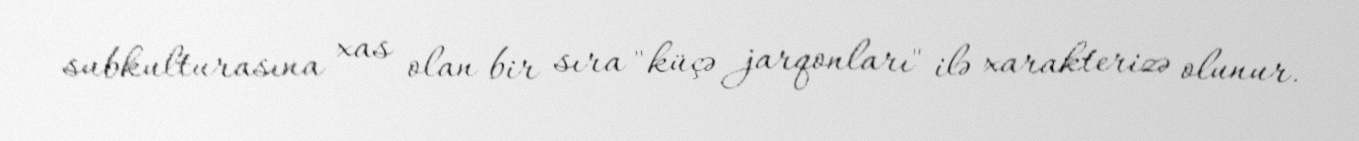
subkulturasına xas olan bir sıra "küçə jarqonları" ilə xarakterizə olunur.